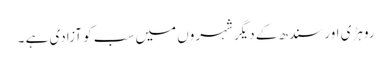
روہڑی اور سندھ کے دیگر شہروں میں سب کو آزادی ہے ۔